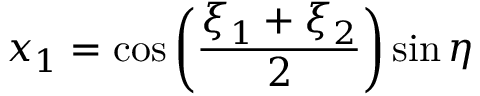
x _ { 1 } = \cos \left( { \frac { \xi _ { 1 } + \xi _ { 2 } } { 2 } } \right) \sin \eta